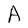
Character: A